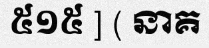
៥១៥ ] ( នាគ